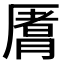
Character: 𬂈